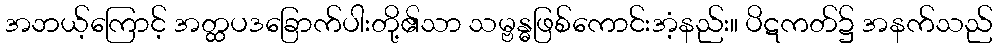
အဘယ့်ကြောင့် အတ္ထပဒခြောက်ပါးတို့၏သာ သမ္ဗန္ဓဖြစ်ကောင်းအံ့နည်း။ ပိဋကတ်၌ အနက်သည်